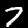
Digit: 7